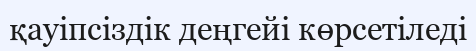
қауіпсіздік деңгейі көрсетіледі